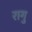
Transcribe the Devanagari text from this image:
रागु